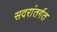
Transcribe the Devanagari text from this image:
सदरांतर्गत